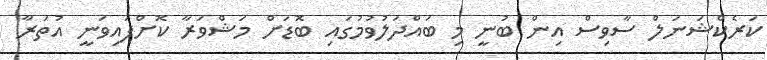
ކަރެކްޝަނަލް ސާވިސް އިން ބުނީ މި ބައްދަލުވުމުގައި ބޮޑަށް މަޝްވަރާ ކޮށްފައިވަނީ އުތަރާ